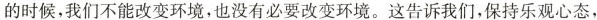
的时候，我们不能改变环境，也没有必要改变环境。这告诉我们，保持乐观心态，